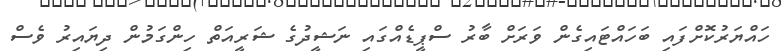
ހައްޔަރުކޮށްފައި ބަހައްޓައިގެން ވަރަށް ބާރު ސްޕީޑެއްގައި ނަޝީދުގެ ޝަރީއަތް ހިންގަމުން ދިޔައިރު ވެސް